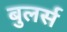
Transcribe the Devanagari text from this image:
बुलर्स